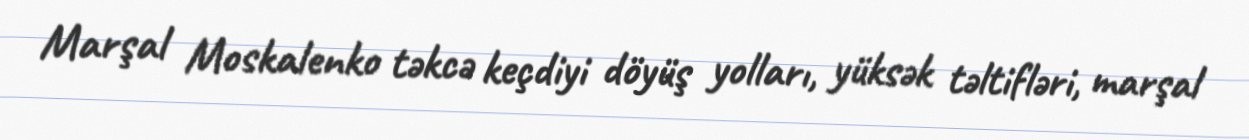
Marşal Moskalenko təkcə keçdiyi döyüş yolları, yüksək təltifləri, marşal